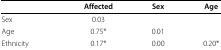
<table><thead><tr><td></td><td><b>Affected</b></td><td><b>Sex</b></td><td><b>Age</b></td></tr></thead><tbody><tr><td>Sex</td><td>0.03</td><td></td><td></td></tr><tr><td>Age</td><td>0.75*</td><td>0.01</td><td></td></tr><tr><td>Ethnicity</td><td>0.17*</td><td>0.00</td><td>0.20*</td></tr></tbody></table>